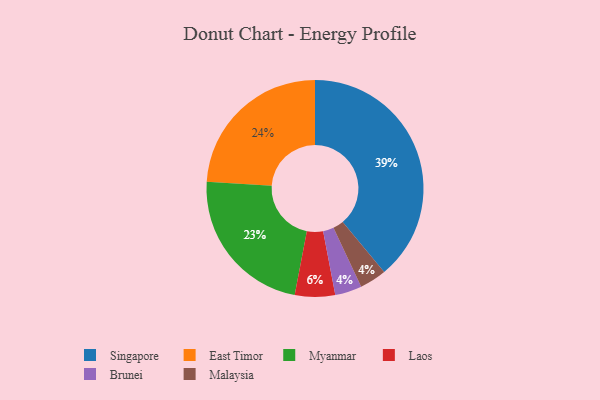
{"axis": {"x": "Category", "y": "Percentage"}, "legend": ["Brunei", "East Timor", "Laos", "Malaysia", "Myanmar", "Singapore"], "data": [{"x": "East Timor", "y": 24, "type": "East Timor"}, {"x": "Laos", "y": 6, "type": "Laos"}, {"x": "Brunei", "y": 4, "type": "Brunei"}, {"x": "Myanmar", "y": 23, "type": "Myanmar"}, {"x": "Singapore", "y": 39, "type": "Singapore"}, {"x": "Malaysia", "y": 4, "type": "Malaysia"}]}